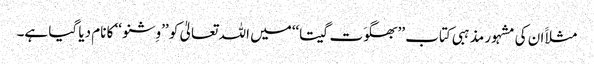
مثلاََ ان کی مشہور مذہبی کتاب ’’بھگوَت گیتا‘‘میں اللہ تعالیٰ کو ’’وِشنو ‘‘ کا نام دیا گیا ہے۔